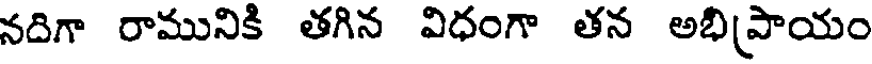
నదిగా రామునికి తగిన విధంగా తన అభిప్రాయం